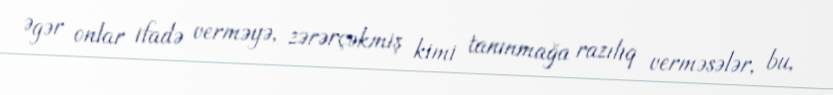
Əgər onlar ifadə verməyə, zərərçəkmiş kimi tanınmağa razılıq verməsələr, bu,